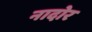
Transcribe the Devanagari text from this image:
नादोर